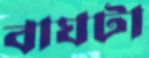
বাঘটা